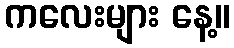
ကလေးများ နေ့။